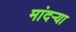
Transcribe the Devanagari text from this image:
मांदऱ्या